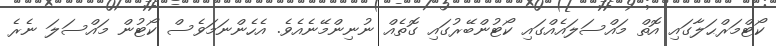
ކޯޓްމަރްޙަލާގައި އޮތް މައްސަލައެއްގައި ކޯޓުންބޭރުގައި ގޮތެއް ނުނިންމޭނެއެވެ. އެހެންނަމަވެސް ކޯޓުން މައްސަލަ ނެރެ